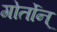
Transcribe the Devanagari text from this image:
गोर्तोन्